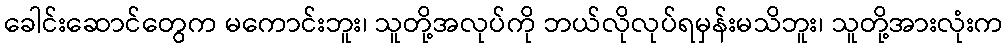
ခေါင်းဆောင်တွေက မကောင်းဘူး၊ သူတို့အလုပ်ကို ဘယ်လိုလုပ်ရမှန်းမသိဘူး၊ သူတို့အားလုံးက